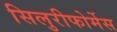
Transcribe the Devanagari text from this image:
सिलुरीफोर्मेस